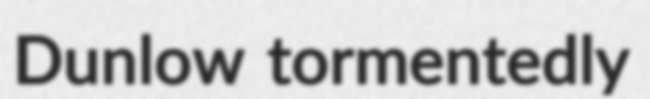
Dunlow tormentedly